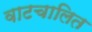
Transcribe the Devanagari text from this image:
वाटचालित